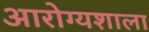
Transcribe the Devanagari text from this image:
आरोग्यशाला